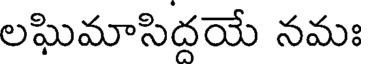
లఘిమాసిద్దయే నమః